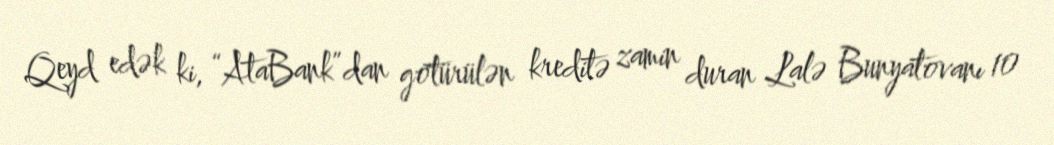
Qeyd edək ki, “AtaBank”dan götürülən kreditə zamin duran Lalə Bunyatovanı 10